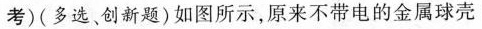
考) (多选、创新题) 如图所示，原来不带电的金属壳